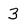
Character: 3